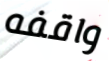
واقفه